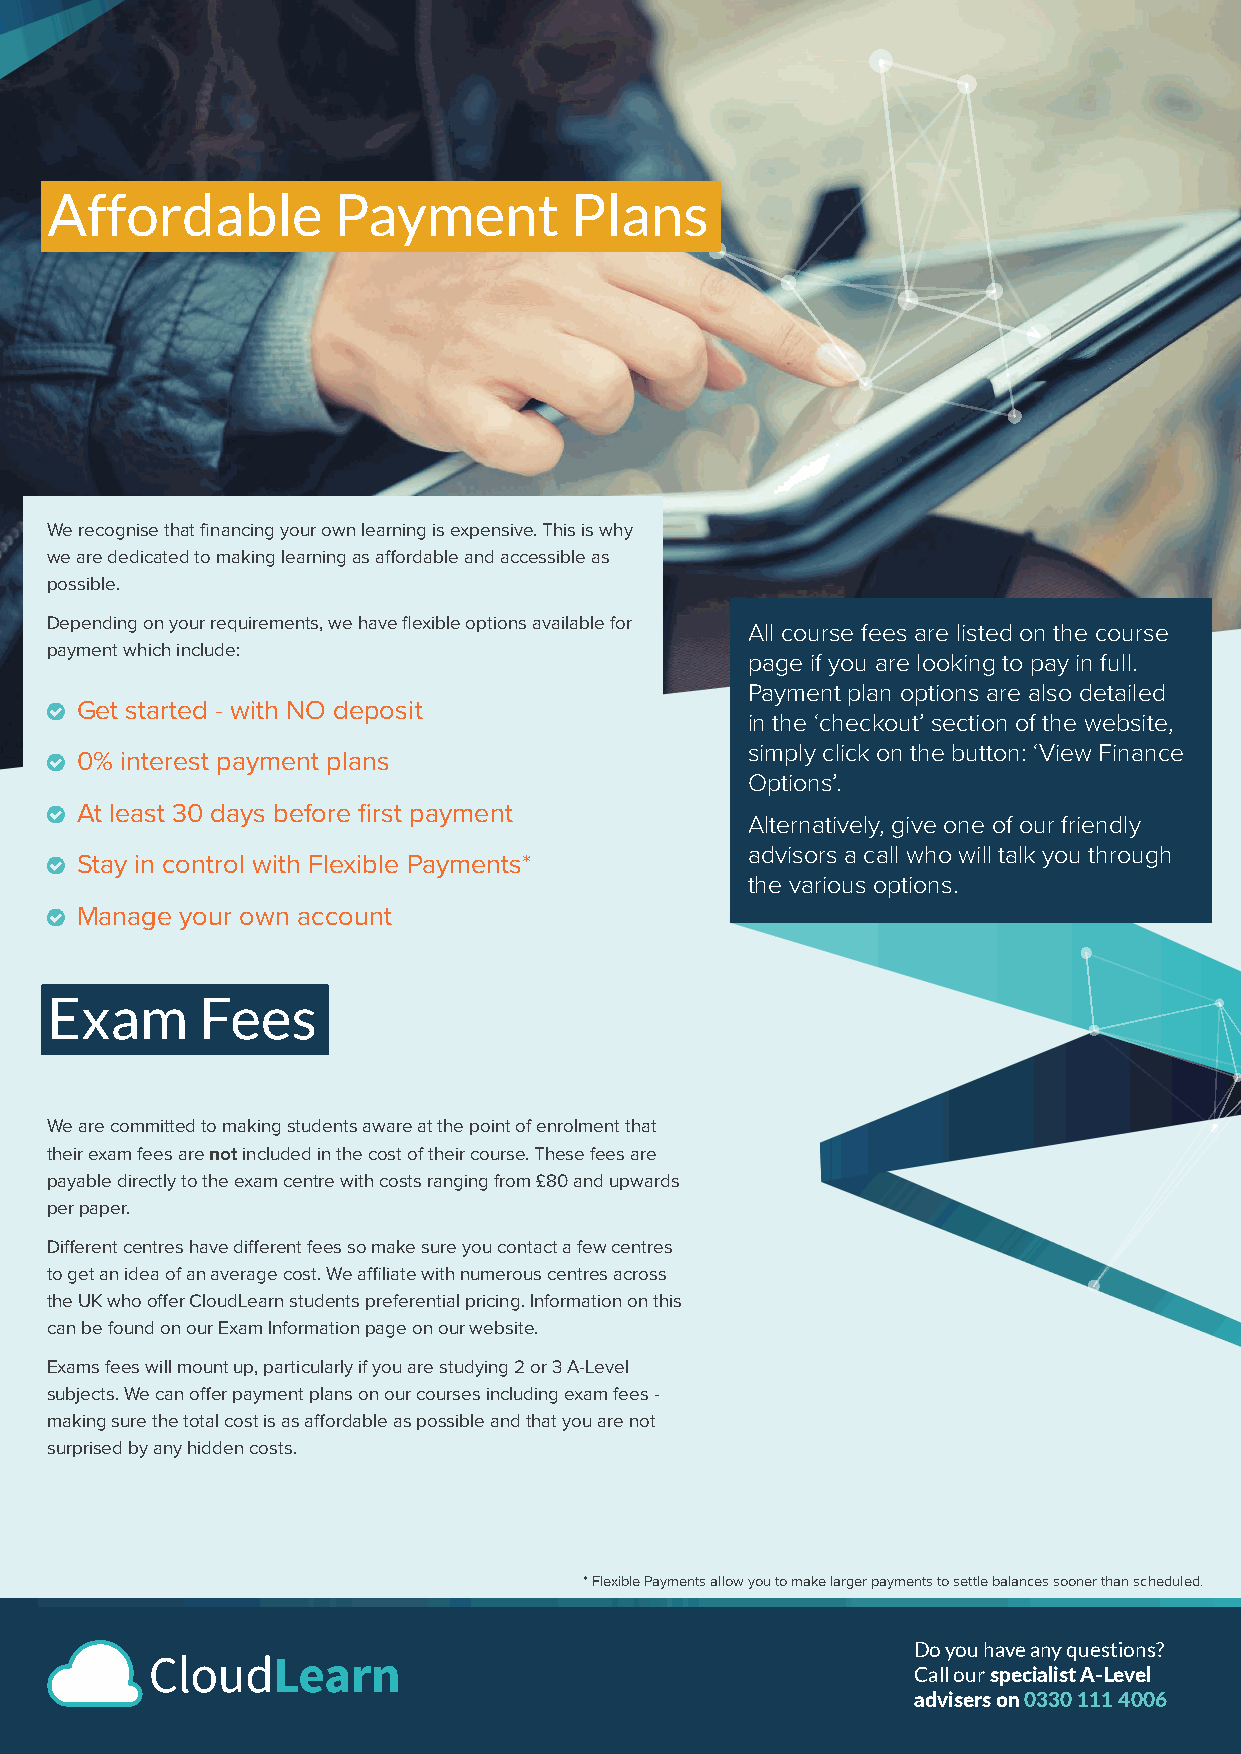
Affordable         Payment         Plans
 We recognise that financing your own learning is expensive. This is why
 we are dedicated to making learning as affordable and accessible as
 possible.
 Depending on your requirements, we have flexible options available for
 All course fees are listed on the course
 payment which include:
 page if you are looking to pay in full.
 Payment plan options are also detailed
 n Get started - with NO deposit
 in the ‘checkout’ section of the website,
 simply click on the button: ‘View Finance
 n 0% interest payment plans
 Options’.
 n At least 30 days before first payment
 Alternatively, give one of our friendly
 advisors a call who will talk you through
 n Stay in control with Flexible Payments*
 the various options.
 n Manage your own account
 Exam      Fees
 We are committed to making students aware at the point of enrolment that
 their exam fees are not included in the cost of their course. These fees are
 payable directly to the exam centre with costs ranging from £80 and upwards
 per paper.
 Different centres have different fees so make sure you contact a few centres
 to get an idea of an average cost. We affiliate with numerous centres across
 the UK who offer CloudLearn students preferential pricing. Information on this
 can be found on our Exam Information page on our website.
 Exams fees will mount up, particularly if you are studying 2 or 3 A-Level
 subjects. We can offer payment plans on our courses including exam fees -
 making sure the total cost is as affordable as possible and that you are not
 surprised by any hidden costs.
 * Flexible Payments allow you to make larger payments to settle balances sooner than scheduled.
 Do you have any questions?
 Call our specialist A-Level
 advisers on 0330 111 4006